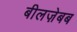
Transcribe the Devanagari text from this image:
बीलज़ेबब